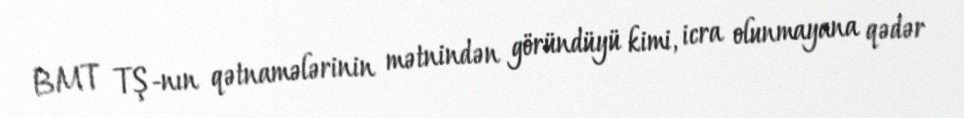
BMT TŞ-nın qətnamələrinin mətnindən göründüyü kimi, icra olunmayana qədər